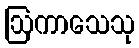
ဩကာသေသု